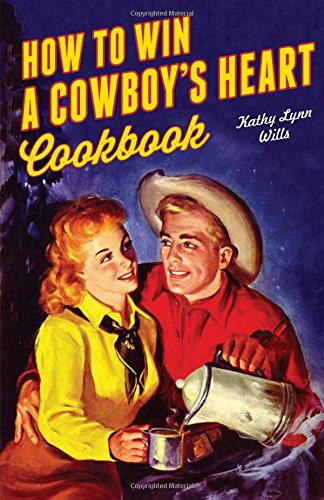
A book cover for How to Win A Cowboy's Heart; Kathy Lynn Wills; Cookbooks, Food & Wine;